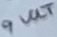
Text: 9 VOLT